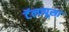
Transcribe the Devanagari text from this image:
टॅलापूसा